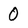
Character: 0